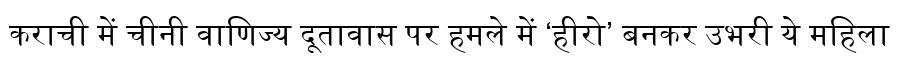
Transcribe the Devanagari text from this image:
कराची में चीनी वाणिज्य दूतावास पर हमले में ‘हीरो’ बनकर उभरी ये महिला